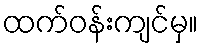
ထက်ဝန်းကျင်မှ။